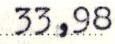
33,98